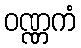
ဝဏ္ဏကံ